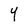
Character: Y